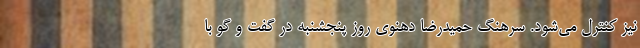
نیز کنترل می‌شود. سرهنگ حمیدرضا دهنوی روز پنجشنبه در گفت و گو با